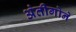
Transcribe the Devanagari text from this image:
अंतीगोने